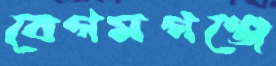
বেগমগঞ্জে